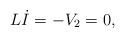
LaTeX: \begin{align*}L \dot I =-V_2 =0,\end{align*}